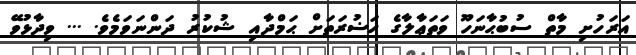
އަރަހުށި މާތް ސުބުޙާނަހޫ ވަތަޢާލާގެ ޚަޟުރަތަށް ޙަމްދާއި ޝުކުރު ދަންނަވަމެވެ. ... ވިދާޅުވޭ